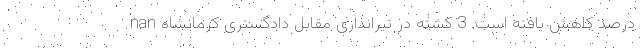
درصد کاهش یافته است. 3 کشته در تیراندازی مقابل دادگستری کرمانشاه nan